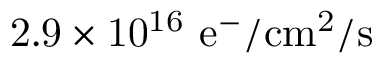
\mathrm { 2 . 9 \times 1 0 ^ { 1 6 } ~ e ^ { - } / c m ^ { 2 } / s }